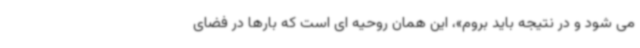
می شود و در نتیجه باید بروم»، این همان روحیه ای است که بارها در فضای